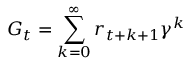
G _ { t } = \sum _ { k = 0 } ^ { \infty } r _ { t + k + 1 } \gamma ^ { k }